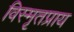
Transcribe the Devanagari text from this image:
विस्मृतप्राय